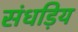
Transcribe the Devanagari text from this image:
संधड़िय